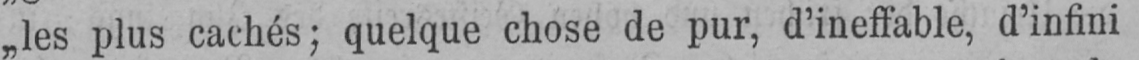
„les plus cachés; quelque chose de pur, d’ineffable, d’infini